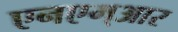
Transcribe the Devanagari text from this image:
एनएम्आर